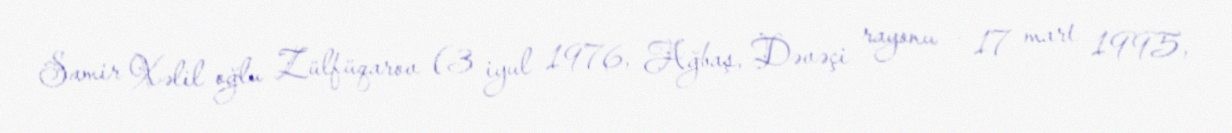
Samir Xəlil oğlu Zülfüqarov (3 iyul 1976, Ağbaş, Dəvəçi rayonu – 17 mart 1995,